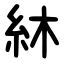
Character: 䊾